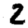
Digit: 2